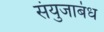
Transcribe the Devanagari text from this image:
संयुजाबंध